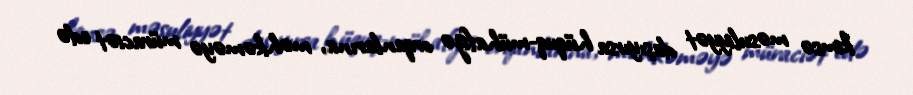
kimsə məsuliyyət daşıyırsa hüquq-mühafizə orqanlarına, məhkəməyə müraciət edə